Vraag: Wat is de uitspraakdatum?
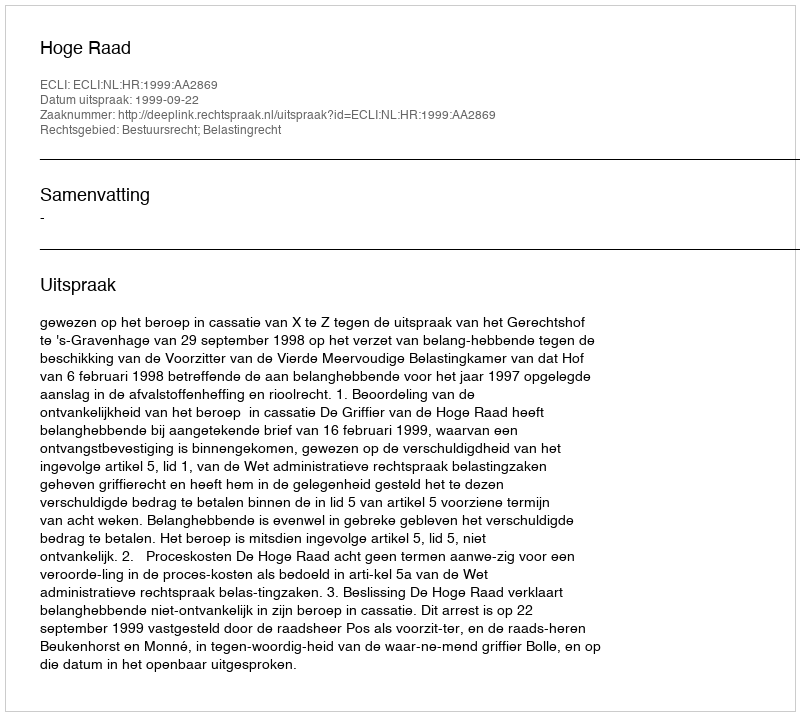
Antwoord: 1999-09-22